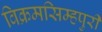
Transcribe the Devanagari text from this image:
विक्रमसिम्‍हपुरी